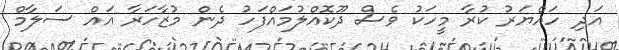
އަދި ހައްޔަރު ކުރާ މީހަކު ވެސް ދޫކޮއްލުމައްފަހު ދެން މުޒާހަރާ އައް ސަލާމް